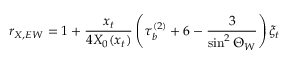
r _ { X , E W } = 1 + \frac { x _ { t } } { 4 X _ { 0 } ( x _ { t } ) } \left( \tau _ { b } ^ { ( 2 ) } + 6 - \frac { 3 } { \sin ^ { 2 } \Theta _ { W } } \right) \xi _ { t }